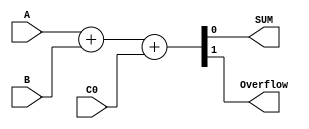
`timescale 1ns / 1ps
//////////////////////////////////////////////////////////////////////////////////
// Company: 
// Engineer: 
// 
// Design Name: 
// Module Name:    add32 
// Project Name: 
// Target Devices: 
// Tool versions: 
// Description: 
//
// Dependencies: 
//
// Revision: 
// Revision 0.01 - File Created
// Additional Comments: 
//
//////////////////////////////////////////////////////////////////////////////////
module add1(A,B,C0,SUM, Overflow);
	input A, B, C0;
	output SUM, Overflow;
	wire [1:0]SumTemp;
	assign SumTemp = A + B + C0;
	assign Overflow = SumTemp[1];
	assign SUM = SumTemp[0];
endmodule

module add4(
    input [3:0]A,
    input [3:0]B,
    input C0,
    output [3:0]SUM,
    output Overflow
    );
	 //
	 wire [3:0]Ct;
	 add1 op1( A[0], B[0], C0, SUM[0], Ct[0]); 
	 add1 op2( A[1], B[1], Ct[0], SUM[1], Ct[1]); 
	 add1 op3( A[2], B[2], Ct[1], SUM[2], Ct[2]); 
	 add1 op4( A[3], B[3], Ct[2], SUM[3], Ct[3]); assign Overflow = Ct[3];
	 

endmodule

module add8(
    input [7:0]A,
    input [7:0]B,
    input C0,
    output [7:0]SUM,
    output Overflow
    );
	 wire[1:0]Ct;
	 add4 op1(A[3:0], B[3:0], C0, SUM[3:0], Ct[0]);
	 add4 op2(A[7:4], B[7:4], Ct[0], SUM[7:4], Ct[1]);
	 assign Overflow = Ct[1];

endmodule

module adder32(
    input [31:0]A,
    input [31:0]B,
    input C0,
    output [31:0]SUM,
    output Overflow
    );
	wire[3:0]Ct;
	add8 op1 (A[7:0], B[7:0], C0, SUM[7:0], Ct[0]);
	add8 op2 (A[15:8], B[15:8], Ct[0], SUM[15:8], Ct[1]);
	add8 op3 (A[23:16], B[23:16], Ct[1], SUM[23:16], Ct[2]);
	add8 op4 (A[31:24], B[31:24], Ct[2], SUM[31:24], Ct[3]);
	assign Overflow = Ct[3];

endmodule